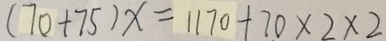
( 7 0 + 7 5 ) x = 1 1 7 0 + 7 0 \times 2 \times 2